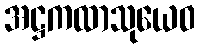
အဋ္ဌကထာသုယေဝ